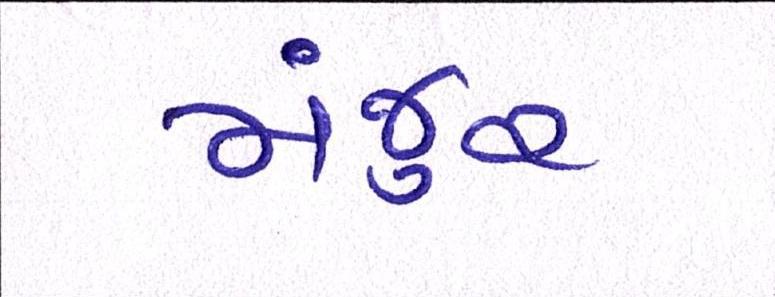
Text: મંજુર